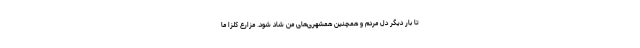
تا بار دیگر دل مردم و همچنین همشهری‌های من شاد شود. مزارع کلزا ما